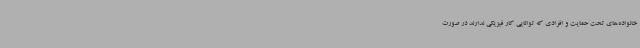
خانواده‌های تحت حمایت و افرادی که توانایی کار فیزیکی ندارند در صورت